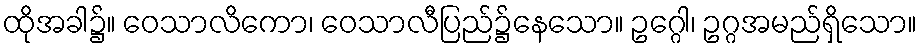
ထိုအခါ၌။ ဝေသာလိကော၊ ဝေသာလီပြည်၌နေသော။ ဥဂ္ဂေါ၊ ဥဂ္ဂအမည်ရှိသော။